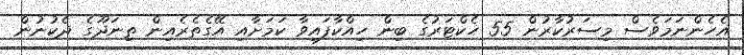
އެހެންނަމަވެސް މިސަރުކާރުން 55 ހެކްޓަރުގެ ބިން ހިއްކާފައިވާ ކަމަށާއި އޭގެތެރެއިން ތިނަދޫގެ ދެކުނުން